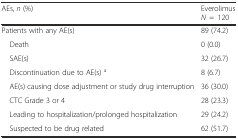
<table><thead><tr><td><b>AEs, <i>n</i> (%)</b></td><td><b>Everolimus<i>N</i>=120</b></td></tr></thead><tbody><tr><td>Patients with any AE(s)</td><td>89 (74.2)</td></tr><tr><td> Death</td><td>0 (0.0)</td></tr><tr><td> SAE(s)</td><td>32 (26.7)</td></tr><tr><td> Discontinuation due to AE(s) <sup>a</sup></td><td>8 (6.7)</td></tr><tr><td> AE(s) causing dose adjustment or study drug interruption</td><td>36 (30.0)</td></tr><tr><td> CTC Grade 3 or 4</td><td>28 (23.3)</td></tr><tr><td> Leading to hospitalization/prolonged hospitalization</td><td>29 (24.2)</td></tr><tr><td> Suspected to be drug related</td><td>62 (51.7)</td></tr></tbody></table>